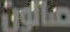
صالون